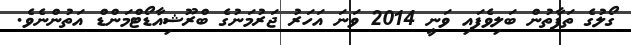
ގޯލުގެ ތަފާތުން ބަލިވެފައި ވަނީ 2014 ވަނަ އަހަރު ޖަރުމަނުގެ ބްރޫޝިއާޑޯޓްމަންޑް އަތުންނެވެ.